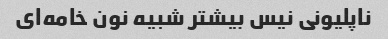
ناپلیونی نیس بیشتر شبیه نون خامه‌ای